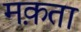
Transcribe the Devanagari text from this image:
मक़ता